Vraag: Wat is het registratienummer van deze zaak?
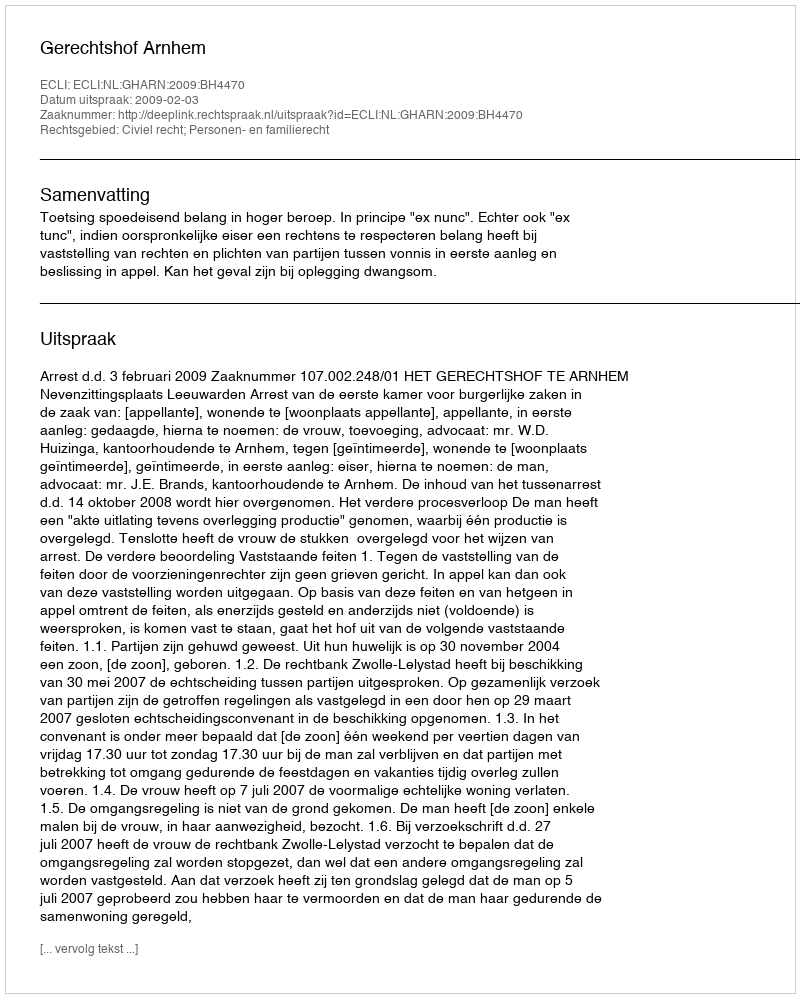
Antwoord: http://deeplink.rechtspraak.nl/uitspraak?id=ECLI:NL:GHARN:2009:BH4470